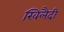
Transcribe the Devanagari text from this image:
खिलैदी